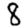
Digit: 8